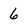
Character: 6